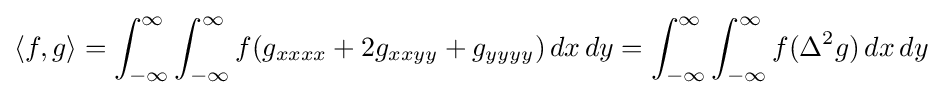
\langle f,g\rangle =\int _{-\infty }^{\infty }\int _{-\infty }^{\infty }f(g_{xxxx}+2g_{xxyy}+g_{yyyy})\,dx\,dy=\int _{-\infty }^{\infty }\int _{-\infty }^{\infty }f(\Delta ^{2}g)\,dx\,dy